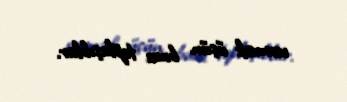
vermək üçün bura toplaşıblar.